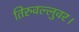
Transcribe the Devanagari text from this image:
तिरुवल्लुवर।